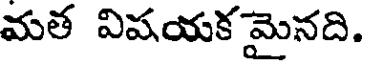
మత విషయకమైనది.